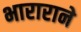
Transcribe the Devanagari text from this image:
भाराराने